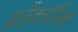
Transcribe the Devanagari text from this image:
इलैक्‍ट्रॉनिक